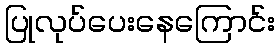
ပြုလုပ်ပေးနေကြောင်း